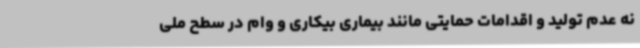
نه عدم تولید و اقدامات حمایتی مانند بیماری بیکاری و وام در سطح ملی